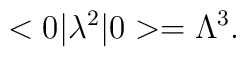
<0|\lambda^2|0>=\Lambda^3.